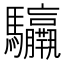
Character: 𩧣